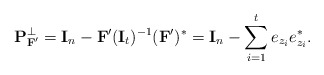
\begin{align*}\mathbf{P}_{\mathbf{F}'}^\perp = \mathbf{I}_n - \mathbf{F}' (\mathbf{I}_t)^{-1} (\mathbf{F}')^* = \mathbf{I}_n - \sum_{i=1}^t e_{z_i} e_{z_i}^*.\end{align*}